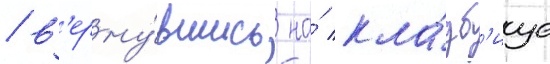
/ в'ерну́вшись на́ кла́дб'ище